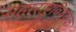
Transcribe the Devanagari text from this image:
महाराष्ट्रविषयक